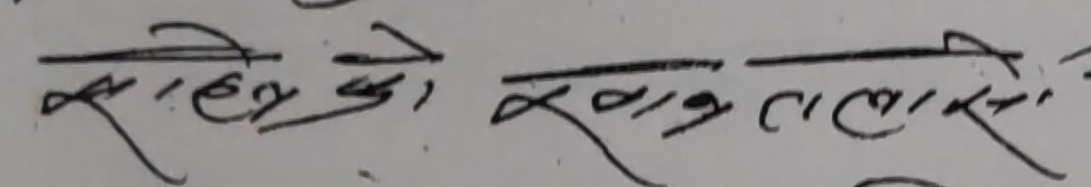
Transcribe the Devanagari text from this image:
रहेको खान तलासी